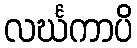
လင်္ဃကာပိ